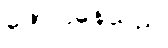
ဖော်ပြနေသည်